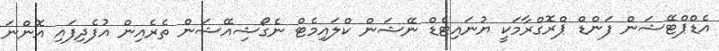
އެޑްޕްޓޭޝަން ފަންޑް ޕްރޮގްރާމަކީ ޔުނައިޓެޑް ނޭޝަން ކްލައިމެޓް ނެގޯޝިއޭޝަން ތެރެއިން އުފެދިފައި އޮންނަ